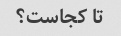
تا کجاست؟